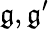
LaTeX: {\mathfrak{g}},{\mathfrak{g}}^{\prime}